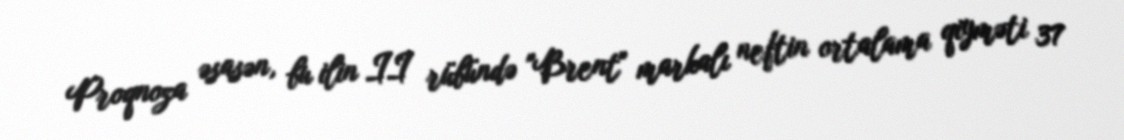
Proqnoza əsasən, bu ilin II rübündə "Brent" markalı neftin ortalama qiyməti 37